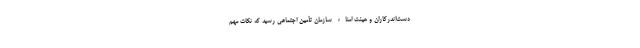
دست‌اندرکاران و هیئت امناء سازمان تأمین اجتماعی رسید که نکات مهم